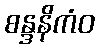
စန္ဒနိကံဝ